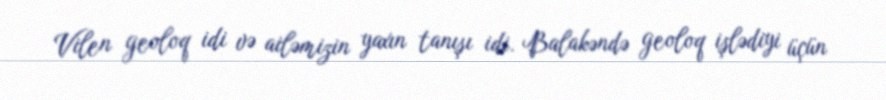
Vilen geoloq idi və ailəmizin yaxın tanışı idi. Balakəndə geoloq işlədiyi üçün